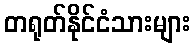
တရုတ်နိုင်ငံသားများ